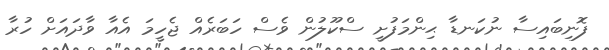
ފޮނިބައިސާ ނުކަނޑާ ޙިންމަފުށީ ސްކޫލުން ވެސް ހަބަރެއް ޖެހީމަ އެއާ ވާދައަށް ހުރާ